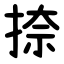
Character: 捺